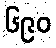
၆၉၀